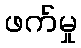
ဖက်မှု